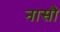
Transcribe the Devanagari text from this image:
नासौ